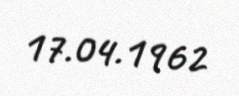
17.04.1962